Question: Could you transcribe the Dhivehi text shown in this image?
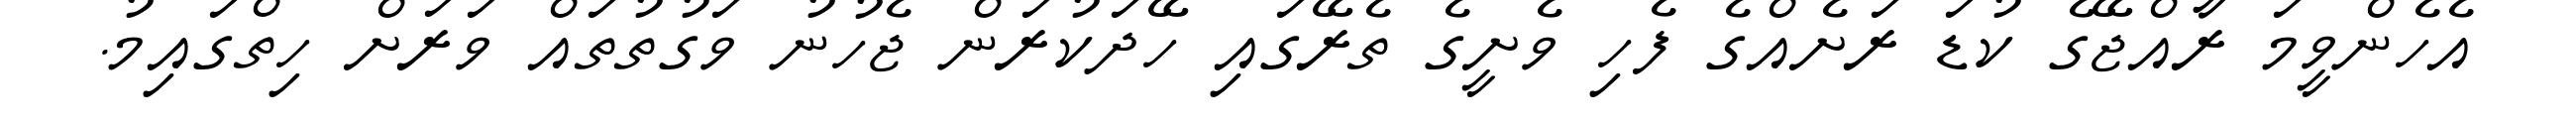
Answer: އެހެންވީމަ ރާއްޖޭގެ ކުޑަ ރަށެއްގެ ފެހި ވެށީގެ ތެރޭގައި ހޭދަކުރަން ޖެހުނު ވަގުތުތައް ވަރަށް ހިތްގައިމު.